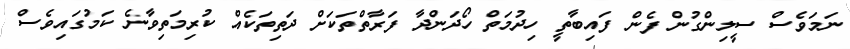
ނަމަވެސް ސީލިންގުން ފެން ފައިބާތީ ހިދުމަތް ހޯދަންދާ ފަރާތްތަކަށް ދަތިތަކެއް ކުރިމަތިވާނެ ކަމުގައިވެސް